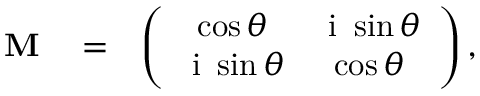
\begin{array} { r l r } { \ensuremath { \mathbf { M } } } & { { } = } & { \left( \begin{array} { c c } { \cos \theta } & { \ensuremath { \mathrm { ~ i ~ } } \sin \theta } \\ { \ensuremath { \mathrm { ~ i ~ } } \sin \theta } & { \cos \theta } \end{array} \right) , } \end{array}